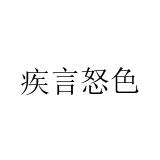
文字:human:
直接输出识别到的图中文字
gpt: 疾言怒色